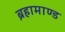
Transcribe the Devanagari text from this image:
ब्रहामाण्ड